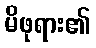
မိဖုရား၏